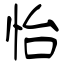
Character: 怡